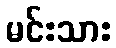
မင်းသား